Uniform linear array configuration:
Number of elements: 32
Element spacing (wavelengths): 0.25
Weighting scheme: blackman
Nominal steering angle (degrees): -15
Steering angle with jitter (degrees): -16.321
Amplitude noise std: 0.05
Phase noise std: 0.05

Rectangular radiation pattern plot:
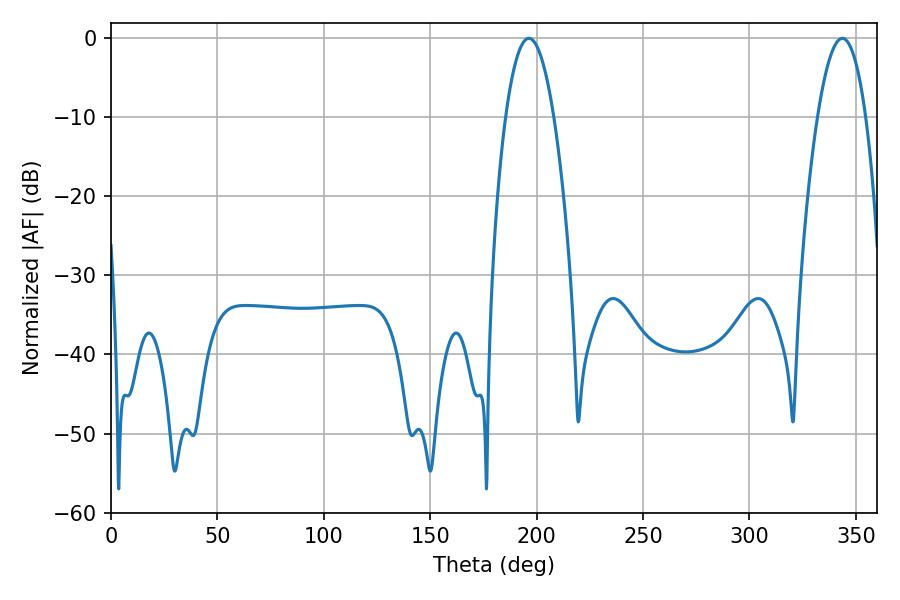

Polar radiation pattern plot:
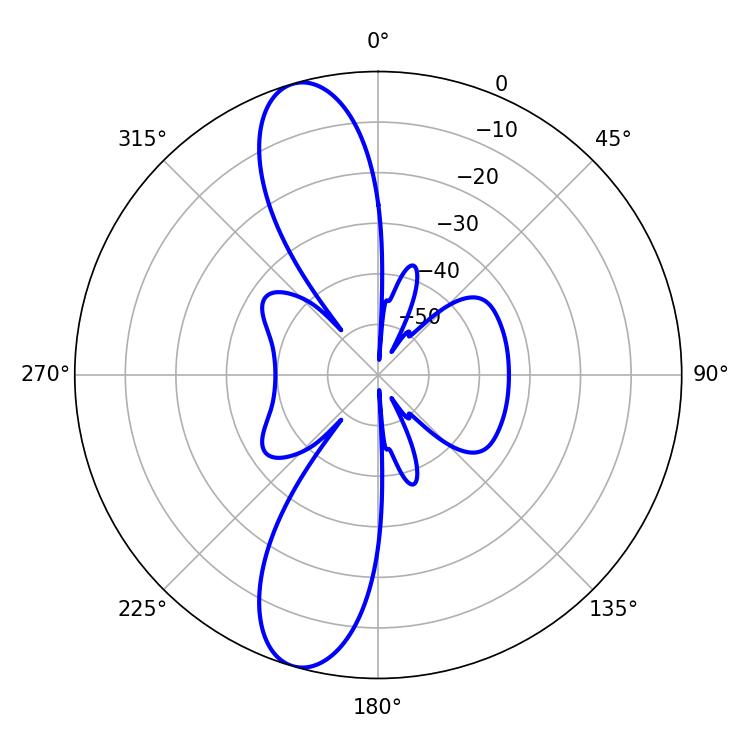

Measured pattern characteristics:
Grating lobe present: FALSE
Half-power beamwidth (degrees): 12.42
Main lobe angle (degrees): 196.38